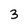
Character: 3